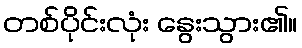
တစ်ပိုင်းလုံး နွေးသွား၏။